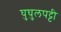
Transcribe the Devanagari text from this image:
घुघुलपट्टी